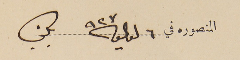
المنصوره في ٦ لوليو ٩٢٧ بكفيا